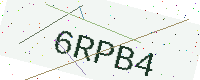
Text: 6RPB4